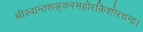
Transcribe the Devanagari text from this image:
श्रीस्वान्तशङ्करमहोरकिशोरचन्द्र।